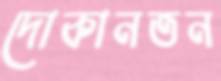
দোকানতন